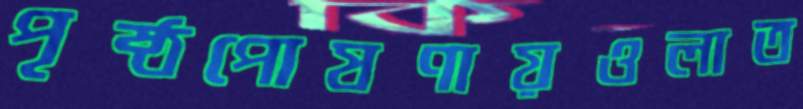
পৃষ্ঠপোষণায়ওলাত